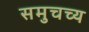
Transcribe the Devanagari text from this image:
समुचच्य